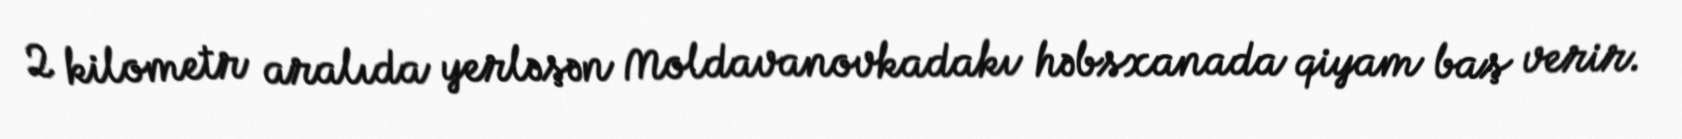
2 kilometr aralıda yerləşən Moldavanovkadakı həbsxanada qiyam baş verir.